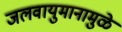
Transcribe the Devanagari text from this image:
जलवायुमानामुळे